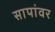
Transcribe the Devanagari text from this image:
सापांवर